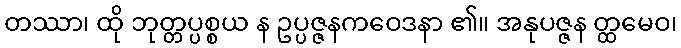
တဿာ၊ ထို ဘုတ္တပ္ပစ္စယ န ဥပ္ပဇ္ဇနကဝေဒနာ ၏။ အနုပဇ္ဇန တ္ထမေဝ၊